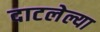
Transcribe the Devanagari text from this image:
दाटलेल्या